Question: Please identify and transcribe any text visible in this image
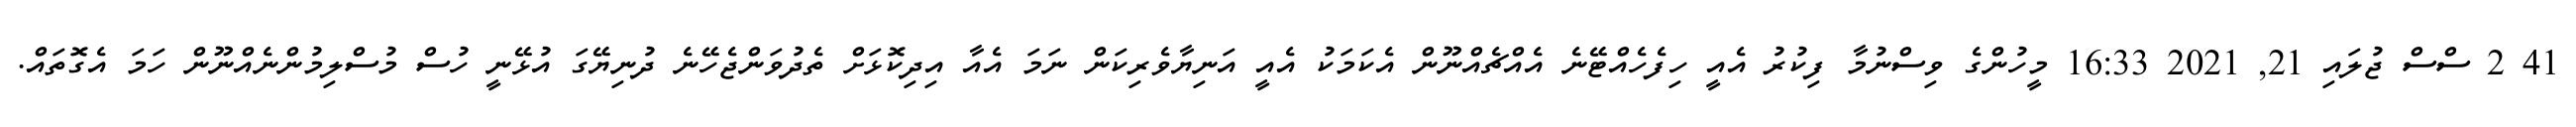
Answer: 41 2 ސްސް ޖުލައި 21, 2021 16:33 މީހުންގެ ވިސްނުމާ ފިކުރު އެއީ ހިފެހެއްޓޭނެ އެއްޗެއްނޫން އެކަމަކު އެއީ އަނިޔާވެރިކަން ނަމަ އެއާ އިދިކޮޅަށް ތެދުވަންޖެހޭނެ ދުނިޔޭގަ އުޅޭނީ ހުސް މުސްލިމުންނެއްނޫން ހަމަ އެގޮތައް.